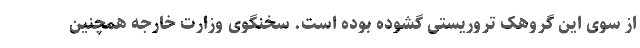
از سوی این گروهک تروریستی گشوده بوده است. سخنگوی وزارت خارجه همچنین